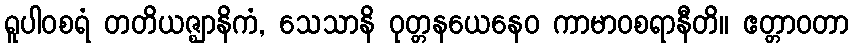
ရူပါဝစရံ တတိယဇ္ဈာနိကံ, သေသာနိ ဝုတ္တနယေနေဝ ကာမာဝစရာနီတိ။ ဧတ္တာဝတာ